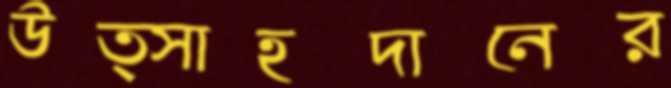
উত্সাহদানের